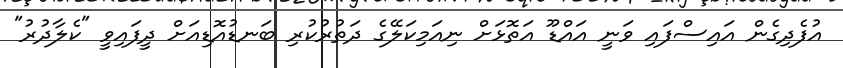
އުފެދިގެން އައިސްފައި ވަނީ އައްޑޫ އަތޮޅަށް ނިއަމިކަލޭގެ ދަތުރުކުރި ބަނޑުއޮޑިއަށް ދީފައިވީ "ކެލާދުރު"